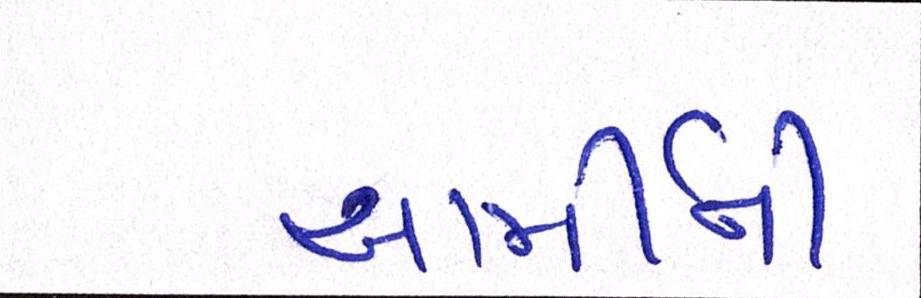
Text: આર્મીની